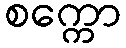
စက္ကော